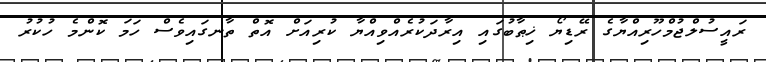
ރައީސުލްޖުމްހޫރިއްޔާގެ ރޭޑިޔޯ ޚިޠާބުގައި އިރާދަކުރެއްވިއްޔާ ކުރިއަށް އޮތް ތާނގައިވެސް ހަމަ ކޮންމެ ހުކުރު